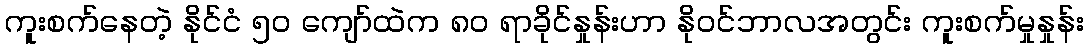
ကူးစက်နေတဲ့ နိုင်ငံ ၅၀ ကျော်ထဲက ၈၀ ရာခိုင်နှုန်းဟာ နိုဝင်ဘာလအတွင်း ကူးစက်မှုနှုန်း